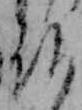
仏